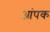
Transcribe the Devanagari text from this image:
आंपक